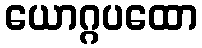
ယောဂ္ဂပထော